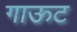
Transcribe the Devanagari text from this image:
गाऊट